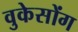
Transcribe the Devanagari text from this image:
वुकेसोंग